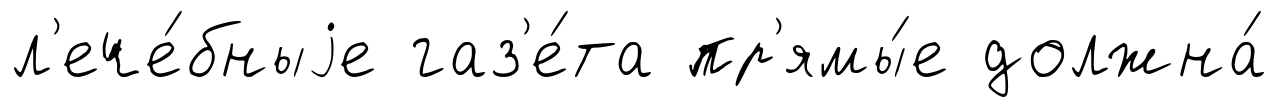
л'ече́бныjе газ'е́та пр'ямы́е должна́